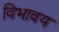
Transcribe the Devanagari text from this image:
विभावय